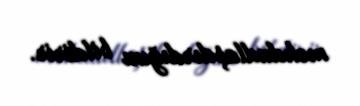
məhdudlaşdırdığını bildirir.